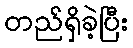
တည်ရှိခဲ့ပြီး